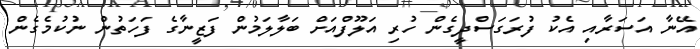
އޭނާ އަސަރާއި އެކު ފުރަގަސްދީގެން ހުރި އަލޫފްއަށް ބަލާލަމުން ފަޒީނާގެ ފަހަތުން ނުކުމެގެން